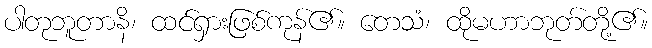
ပါတုဘူတာနိ၊ ထင်ရှားဖြစ်ကုန်၏။ တေသံ၊ ထိုမဟာဘုတ်တို့၏။